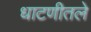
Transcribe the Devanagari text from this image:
धाटणीतले